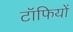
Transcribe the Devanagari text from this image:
टॉफियों